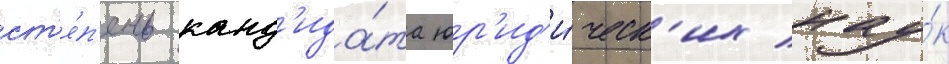
ст'е́п'ень канд'ида́та юр'ид'и́ческ'их нау́к